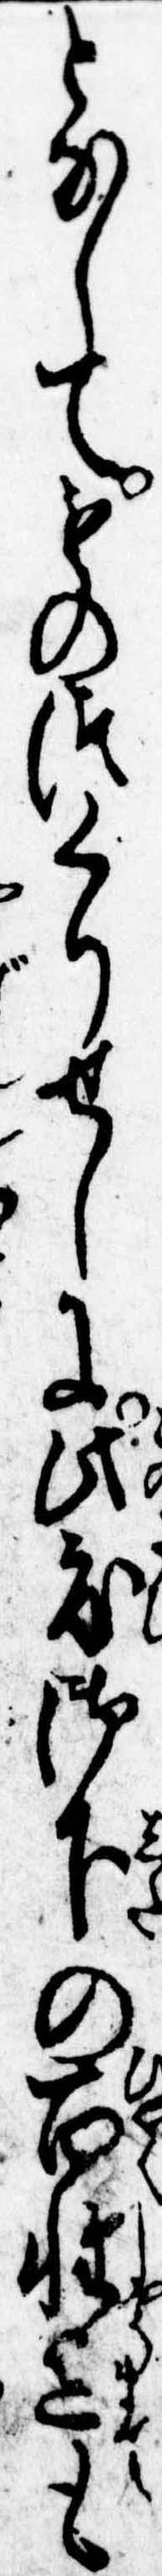
となしてものつくりせしに此度御下の百姓迄も